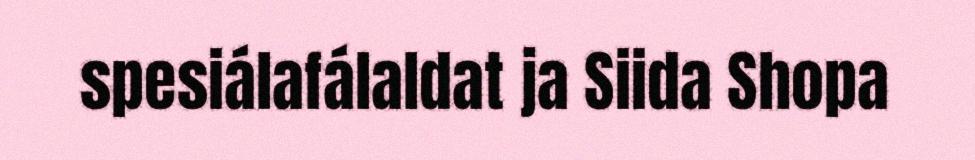
spesiálafálaldat ja Siida Shopa